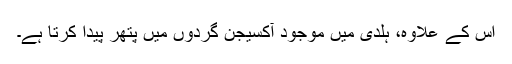
اس کے علاوہ، ہلدی میں موجود آکسیجن گردوں میں پتھر پیدا کرتا ہے۔